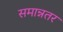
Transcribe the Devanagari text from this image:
समान्नतर